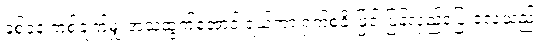
ခစ်ခနဲ တစ်ချက်မျှ အသံထွက်အောင် ရယ်ကာ ရှက်စနိုးဖြင့် ပြန်လှည့်ပြေးလေသည်။